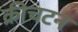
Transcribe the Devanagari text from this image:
क्रीचटन